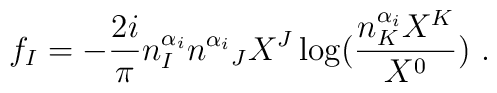
f_I=-\frac{2i}{\pi}n_I^{\alpha_i}{n^{\alpha_i}}_J X^J\log(\frac{n_K^{\alpha_i}X^K}{X^0})\ .